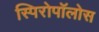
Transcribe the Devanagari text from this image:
स्पिरोपॉलोस